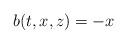
LaTeX: \begin{align*}b(t,x,z)=-x\end{align*}